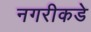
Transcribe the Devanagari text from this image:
नगरीकडे